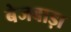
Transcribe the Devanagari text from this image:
बेजबाड़ा